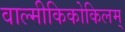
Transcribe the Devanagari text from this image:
वाल्मीकिकोकिलम्‌